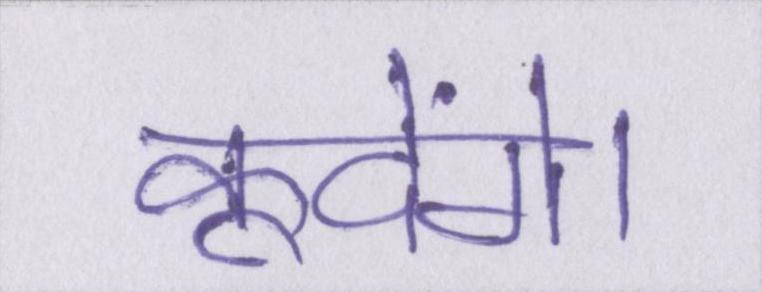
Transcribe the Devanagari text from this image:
कूदेंगे।